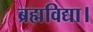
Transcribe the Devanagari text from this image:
ब्रह्मविद्या।